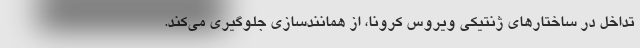
تداخل در ساختارهای ژنتیکی ویروس کرونا، از همانندسازی جلوگیری می‌کند.